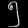
Digit: ၅